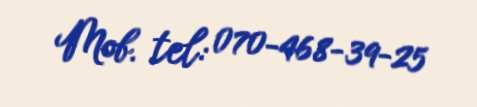
Mob. tel: 070-468-39-25